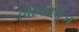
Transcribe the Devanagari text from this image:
तारकापूंज